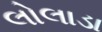
લોલાડા